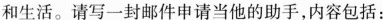
和生活。请写一封邮件申请当他的助手，内容包括：